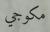
مكوجي